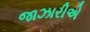
જાઝારીએ